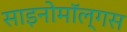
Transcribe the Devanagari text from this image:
साइनोमॉल्गस